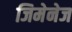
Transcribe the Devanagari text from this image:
जिमेनेज